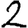
Digit: 2